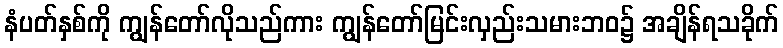
နံပတ်နှစ်ကို ကျွန်တော်လိုသည်ကား ကျွန်တော်မြင်းလှည်းသမားဘဝ၌ အချိန်ရသခိုက်